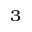
^ 3